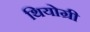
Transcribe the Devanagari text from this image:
थियोग्री